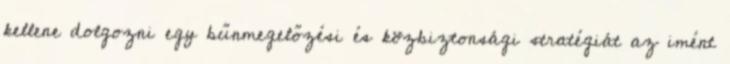
kellene dolgozni egy bűnmegelőzési és közbiztonsági stratégiát az imént